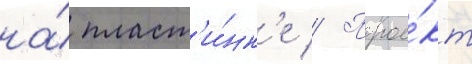
на́ пласт'и́нк'е // Прое́кт